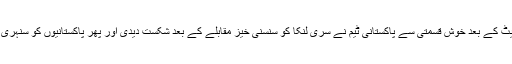
ان کی اس ٹویٹ کے بعد خوش قسمتی سے پاکستانی ٹیم نے سری لنکا کو سنسنی خیز مقابلے کے بعد شکست دیدی اور پھر پاکستانیوں کو سنہری موقع مل گیا۔